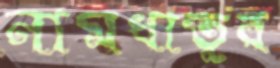
নামধাতুর